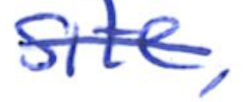
Text: site,
Cross-out: single-line
Writing tool: ballpoint